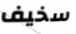
سخيف